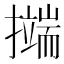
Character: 𭢺